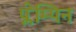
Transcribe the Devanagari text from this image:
प्लेम्पिन